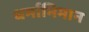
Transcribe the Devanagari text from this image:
धर्माभिमान